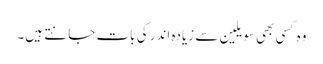
وہ کسی بھی سویلین سے زیادہ اندر کی بات جانتے ہیں۔